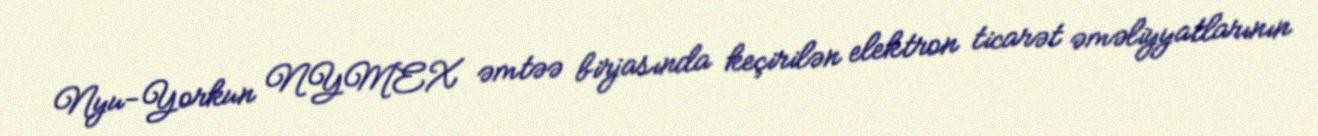
Nyu-Yorkun NYMEX əmtəə birjasında keçirilən elektron ticarət əməliyyatlarının